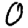
Digit: 0